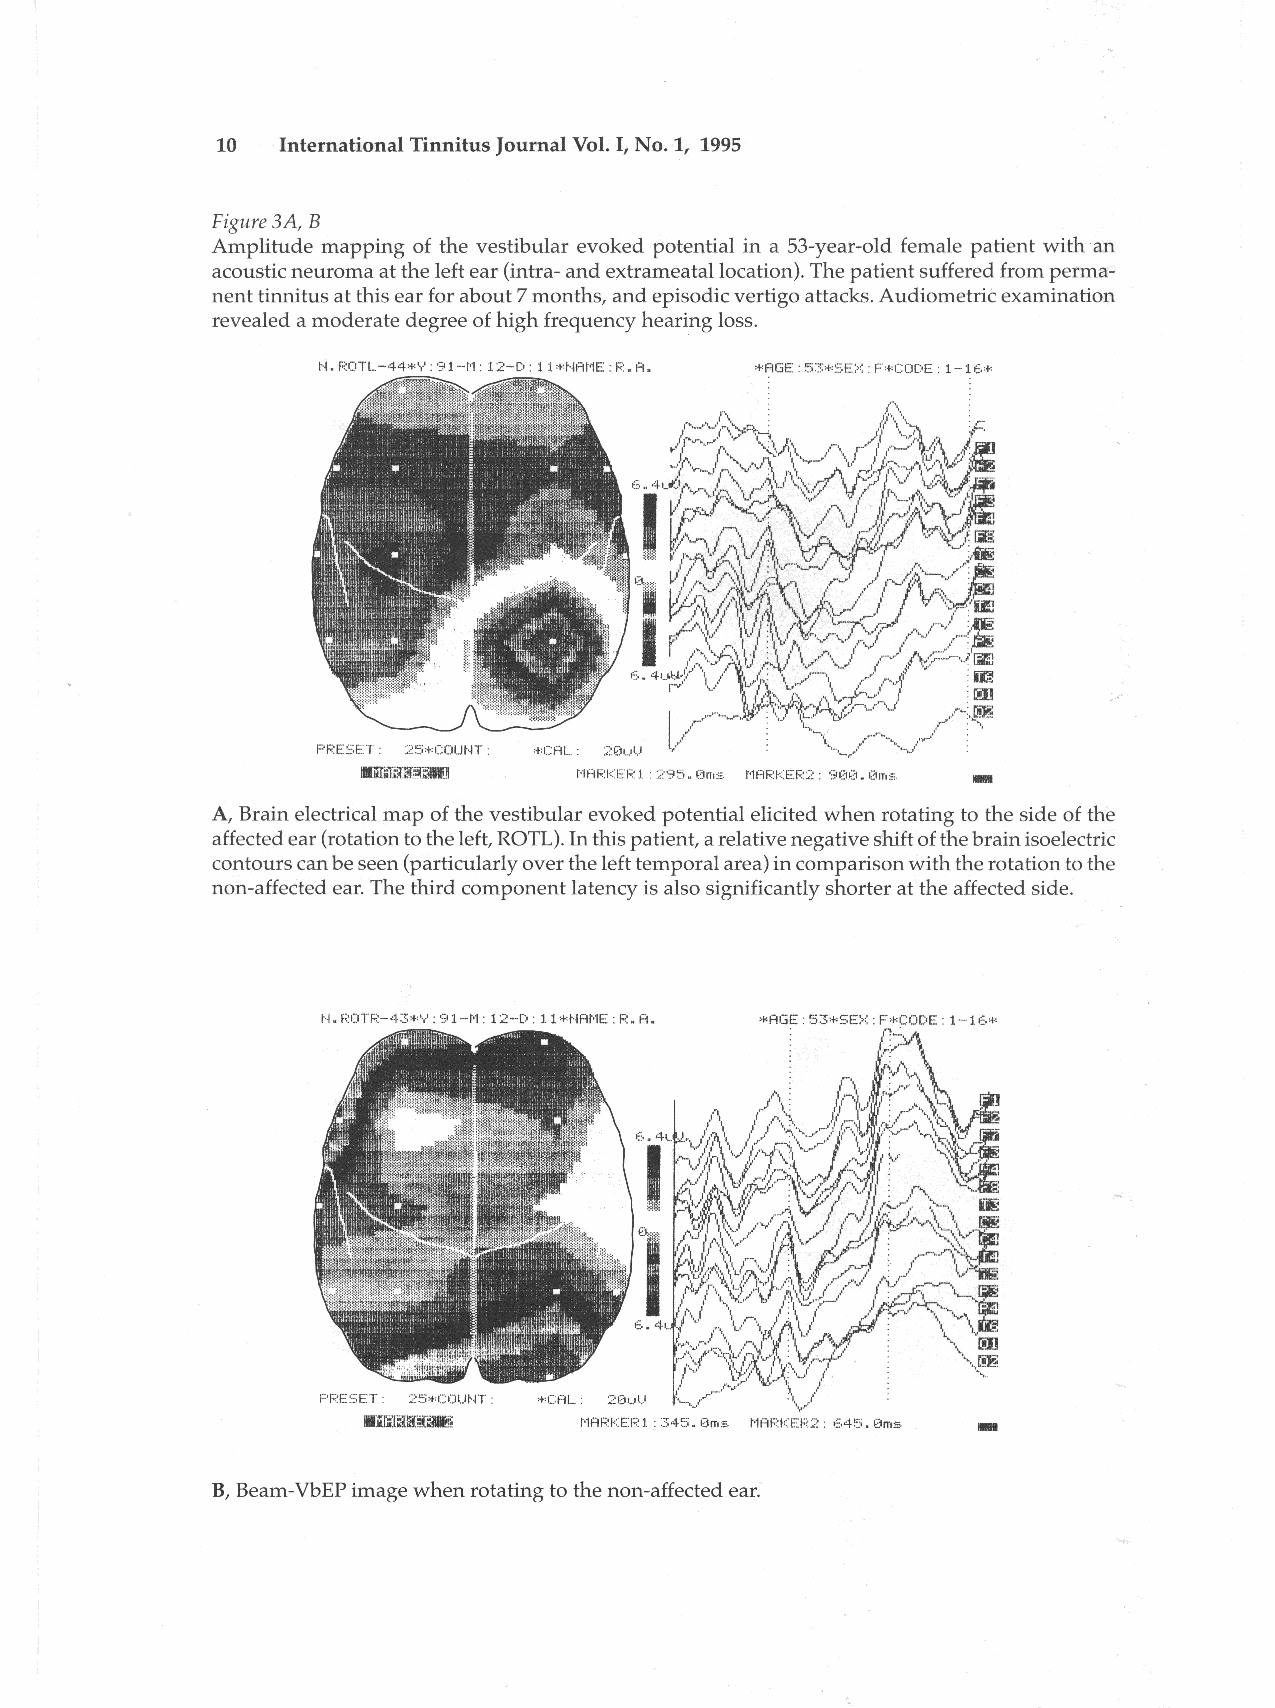
10   International Tinnitus Journal Vol. I, No.1, 1995
 Figure 3A, B
 Amplitude mapping of the vestibular evoked potential in a 53-year-old female patient with an
 acoustic neuroma at the left ear (intra-and extrameatallocation). The patient suffered from perma
 nent tinnitus at this ear for about 7 months, and episodic vertigo attacks. Audiometrie examination
 revealed a moderate degree of high frequency hearing loss.
 N.ROTL-44*Y:91-M:12-D:ll*NAME:R.A.
 -
 PRESET 25*COUNT.
 1IGI;:[~a~    MARKERl :295.0ms rlARKER2- 900.0ms
 A, Brain electrical map of the vestibular evoked potential elicited when rotating to the side of the
 affected ear (rotation to the left, ROTL). In this patient, a relative negative shift of the brain isoelectric
 contours can be seen (particularly over the left temporal area) in comparison with the rotation to the
 non-affected ear. The third component latency is also significantly shorter at the affected side.
 N.~JTR-43*Y:91-M:12-D:ll*NAME:R.A.
 -
 2~)*COUt'~T : 20ul)
 MARKER1:345.0ms MARKER2: 645.0ms
 B, Beam-VbEP image when rotating to the non-affected ear.